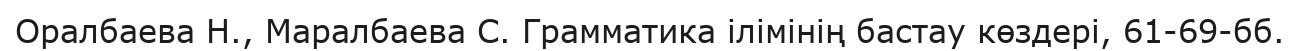
Оралбаева Н., Маралбаева С. Грамматика ілімінің бастау көздері, 61-69-бб.